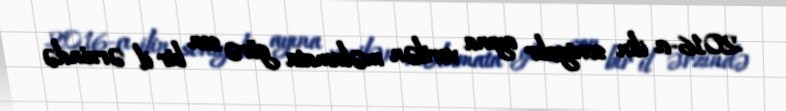
2016-cı ilin sentyabr ayına verilən məlumata görə son bir il ərzində